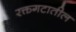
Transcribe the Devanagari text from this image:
रक्तगटातील